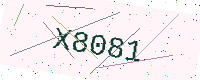
Text: X8081